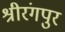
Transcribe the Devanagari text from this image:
श्रीरंगपुर